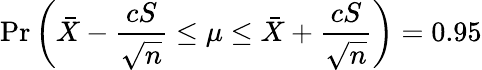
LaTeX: \operatorname*{Pr}\left({\bar{X}}-{\frac{cS}{\sqrt{n}}}\leq\mu\leq{\bar{X}}+{\frac{cS}{\sqrt{n}}}\right)=0.95